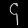
Digit: ၄